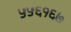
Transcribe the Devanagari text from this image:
५५६१६७